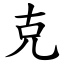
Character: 克